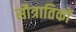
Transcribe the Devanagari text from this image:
सौत्रातिकों